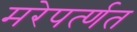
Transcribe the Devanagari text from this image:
मरेपर्त्णत